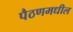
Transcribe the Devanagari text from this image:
पैठणमधील